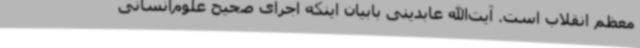
معظم انقلاب است. آیت‌الله عابدینی بابیان اینکه اجرای صحیح علوم‌انسانی